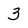
Character: 3